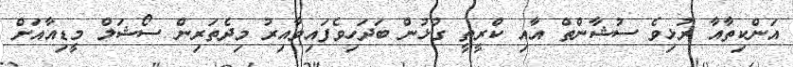
އަންކިތާއާ ރުޅިވެ ސުޝާންތް އާއި ކްރީތީ ގުޅުން ބަދަހިވެފައިވާއިރު މިދެތަރިން ސޯޝަލް މީޑިއާއަށް